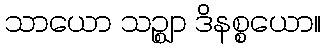
သာယော သဉ္ဈာ ဒိနစ္စယော။